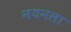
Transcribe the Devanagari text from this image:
नयनला